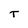
Character: T